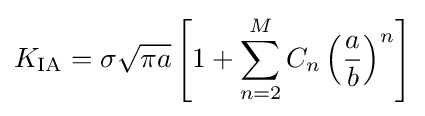
K_{\rm {IA}}=\sigma {\sqrt {\pi a}}\left[1+\sum _{n=2}^{M}C_{n}\left({\frac {a}{b}}\right)^{n}\right]